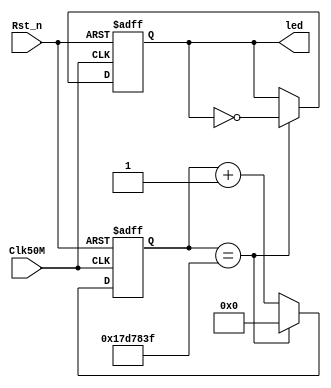
`timescale 1ns/1ns
module counter(Clk50M,Rst_n,led);
	input Clk50M;
	input Rst_n;

	output reg led;

	reg [24:0]cnt;

	always@(posedge Clk50M or negedge Rst_n) begin
		if(Rst_n == 1'b0)
			cnt <= 25'd0;
		else if(cnt == 25'd24_999_999)
			cnt <= 25'd0;
		else
			cnt <= cnt + 1'b1;
	end

	always@(posedge Clk50M or negedge Rst_n) begin
		if(Rst_n == 1'b0)
			led <= 1'b1;
		else if(cnt == 25'd24_999_999)
			led <= ~led;
		else
			led <= led;
	end
endmodule